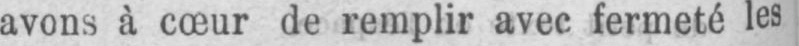
avons à cœur de remplir avec fermeté les